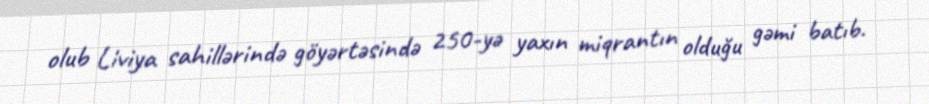
olub Liviya sahillərində göyərtəsində 250-yə yaxın miqrantın olduğu gəmi batıb.